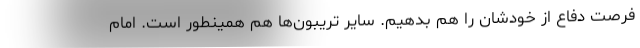
فرصت دفاع از خودشان را هم بدهیم. سایر تریبون‌ها هم همینطور است. امام